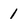
Character: 1